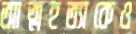
আত্মহত্যাকেও